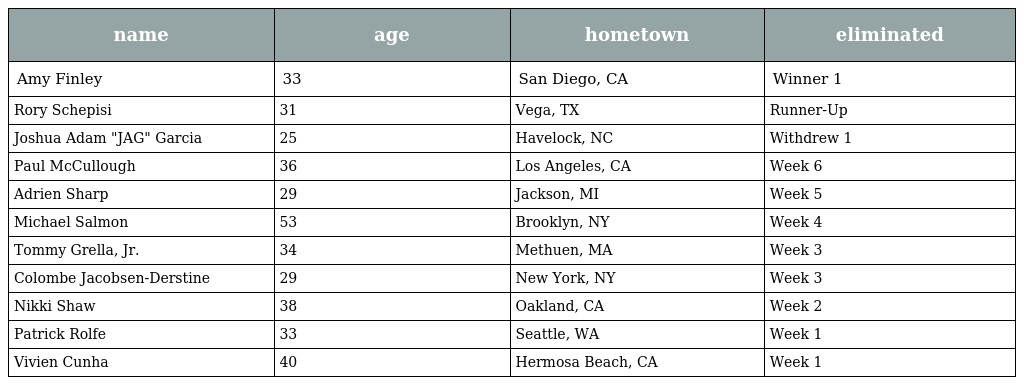
| name | age | hometown | eliminated |
 | --- | --- | --- | --- |
 | Amy Finley | 33 | San Diego, CA | Winner 1 |
 | Rory Schepisi | 31 | Vega, TX | Runner-Up |
 | Joshua Adam "JAG" Garcia | 25 | Havelock, NC | Withdrew 1 |
 | Paul McCullough | 36 | Los Angeles, CA | Week 6 |
 | Adrien Sharp | 29 | Jackson, MI | Week 5 |
 | Michael Salmon | 53 | Brooklyn, NY | Week 4 |
 | Tommy Grella, Jr. | 34 | Methuen, MA | Week 3 |
 | Colombe Jacobsen-Derstine | 29 | New York, NY | Week 3 |
 | Nikki Shaw | 38 | Oakland, CA | Week 2 |
 | Patrick Rolfe | 33 | Seattle, WA | Week 1 |
 | Vivien Cunha | 40 | Hermosa Beach, CA | Week 1 |